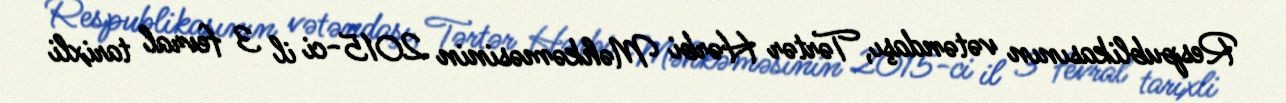
Respublikasının vətəndaşı, Tərtər Hərbi Məhkəməsinin 2015-ci il 3 fevral tarixli